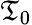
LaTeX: \mathfrak{T}_{0}